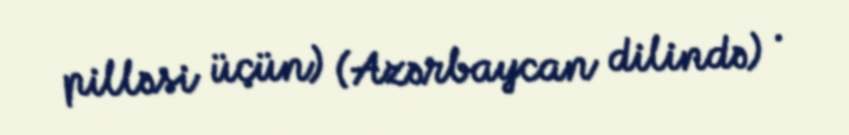
pilləsi üçün) (Azərbaycan dilində) .